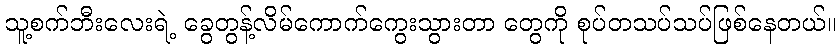
သူ့စက်ဘီးလေးရဲ့ ခွေတွန့်လိမ်ကောက်ကွေးသွားတာ တွေကို စုပ်တသပ်သပ်ဖြစ်နေတယ်။